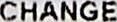
CHANGE